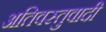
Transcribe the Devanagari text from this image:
अतिवस्तुवादी